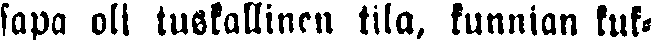
sapa oli tuskallinen tila, kunnian kuk-